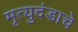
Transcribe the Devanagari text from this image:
मृत्युदंडाचे